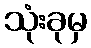
သုံးခုမှ